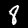
Digit: 8